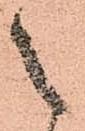
之